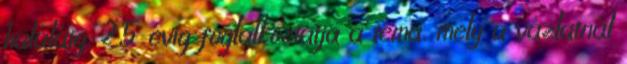
haláláig, 25 évig foglalkoztatja a téma, mely a vázlatnál